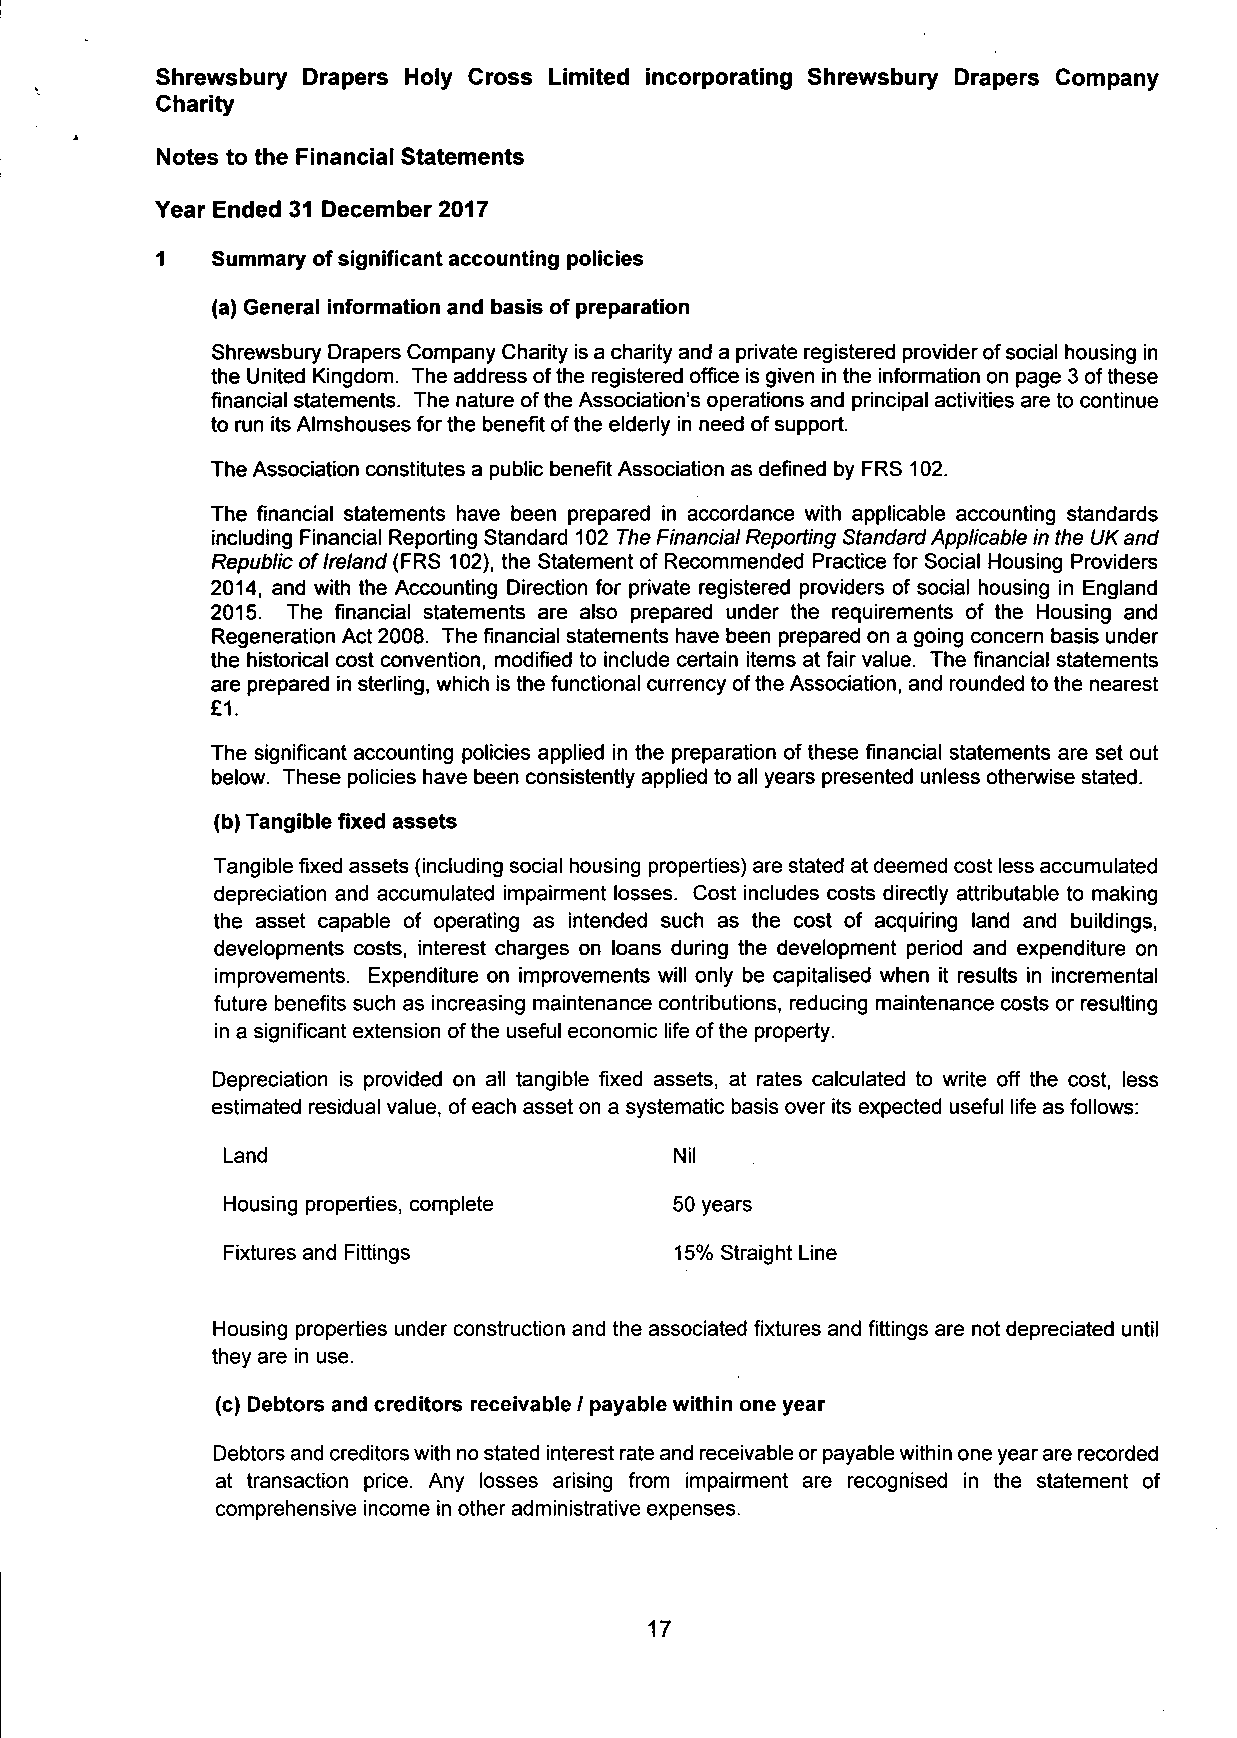
Shrewsbury Drapers Holy Cross Limited incorporating Shrewsbury Drapers Company
 Charity
 Notes to the Financial Statements
 Year Ended 31 December 2017
 1   Summary of significant accounting policies
 (a) General information and basis of preparation
 Shrewsbury Drapers Company Charity is a charity and a private registered provider of social housing in
 the United Kingdom. The address of the registered office is given in the information on page 3 of these
 financial statements. The nature of the Association's operations and principal activities are to continue
 to run its Almshouses for the benefit of the elderly in need of support.
 The Association constitutes a public benefit Association as defined by FRS 102.
 The financial statements have been prepared in accordance with applicable accounting standards
 including Financial Reporting Standard 102 The Financial Reporting Standard Applicable in the UK and
 Republic of Ireland (FRS 102), the Statement of Recommended Practice for Social Housing Providers
 2014, and with the Accounting Direction for private registered providers of social housing in England
 2015. The financial statements are also prepared under the requirements of the Housing and
 Regeneration Act 2008. The financial statements have been prepared on a going concern basis under
 the historical cost convention, modified to include certain items at fair value. The financial statements
 are prepared in sterling, which is the functional currency ofthe Association, and rounded to the nearest
 £1.
 The significant accounting policies applied in the preparation of these financial statements are set out
 below. These policies have been consistently applied to all years presented unless otherwise stated.
 (b) Tangible fixed assets
 Tangible fixed assets (including social housing properties) are stated at deemed cost less accumulated
 depreciation and accumulated impairment losses. Cost includes costs directly attributable to making
 the asset capable of operating as intended such as the cost of acquiring land and buildings,
 developments costs, interest charges on loans during the development period and expenditure on
 improvements. Expenditure on improvements will only be capitalised when it results in incremental
 future benefits such as increasing maintenance contributions, reducing maintenance costs or resulting
 in a significant extension of the useful economic life of the property.
 Depreciation is provided on all tangible fixed assets, at rates calculated to write off the cost, less
 estimated residual value, of each asset on a systematic basis over its expected useful life as follows:
 Land                          Nil
 Housing properties, complete  50 years
 Fixtures and Fittings         15% Straight Line
 Housing properties under construction and the associated fixtures and fittings are not depreciated until
 they are in use.
 (c) Debtors and creditors receivable / payable within one year
 Debtors and creditors with no stated interest rate and receivable or payable within one year are recorded
 at transaction price. Any losses arising from impairment are recognised in the statement of
 comprehensive income in other administrative expenses.
 17